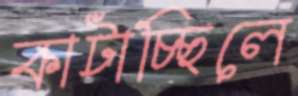
কাটাচ্ছিলে